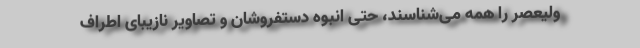
ولیعصر را همه می‌شناسند، حتی انبوه دستفروشان و تصاویر نازیبای اطراف